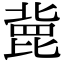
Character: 𣬏